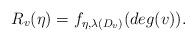
LaTeX: \begin{align*}R_v(\eta)= f_{\eta,\lambda(D_v)}(deg(v)).\end{align*}